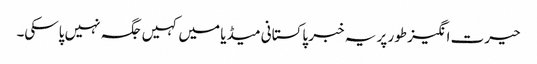
حیرت انگیز طور پر یہ خبر پاکستانی میڈیا میں کہیں جگہ نہیں پاسکی۔